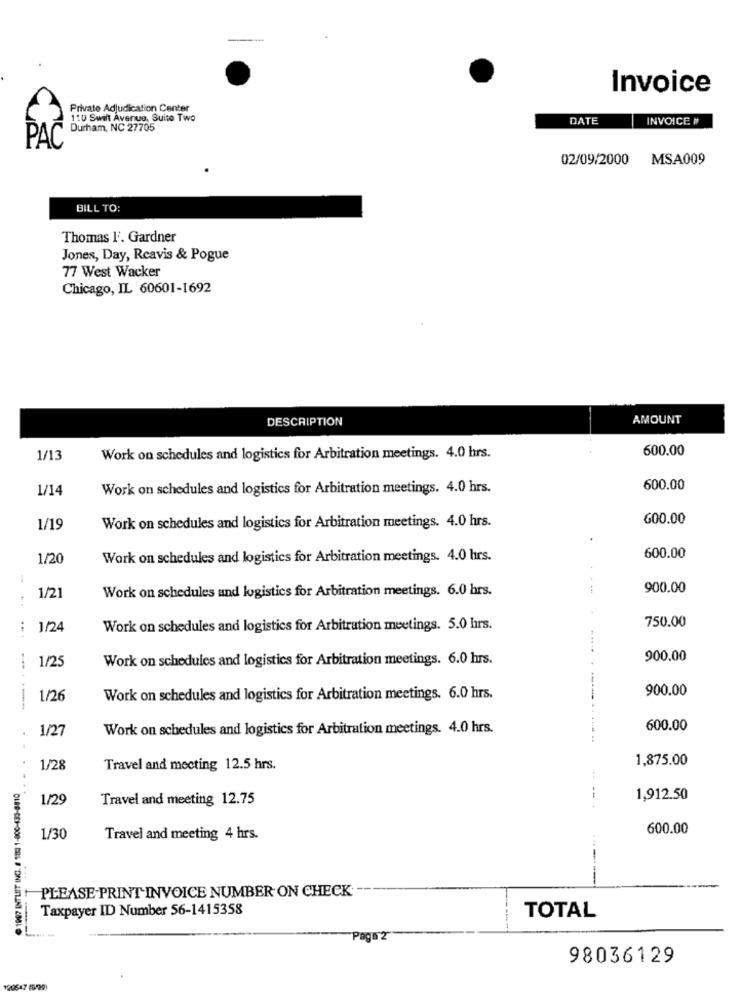
Invoice
Private Adjudication Center
110 Swift Avenue, Suite Two
DATE
INVOICE #
Durham, NC 27705
PAC
02/09/2000
MSA009
BILL TO:
Thomas l'. Gardner
Jones, Day, Reavis & Pogue
77 West Wacker
Chicago, IL 60601-1692
DESCRIPTION
AMOUNT
600.00
1/13
Work on schedules and logistics for Arbitration meetings. 4.0 hrs.
1/14
Work on schedules and logistics for Arbitration meetings. 4.0 hrs.
600.00
Work on schedules and logistics for Arbitration meetings. 4.0 hrs.
600.00
1/19
1/20
Work on schedules and logistics for Arbitration meetings. 4.0 hrs.
600.00
Work on schedules and logistics for Arbitration meetings. 6.0 hrs.
900.00
1/21
750.00
1/24
Work on schedules and logistics for Arbitration meetings. 5.0 hrs.
1/25
Work on schedules and logistics for Arbitration meetings. 6.0 hrs.
900.00
900.00
1/26
Work on schedules and logistics for Arbitration meetings. 6.0 hrs.
1/27
Work on schedules and logistics for Arbitration meetings. 4.0 hrs.
600.00
1,875.00
1/28
Travel and mecting 12.5 hrs.
@ 1907 INTUIIT INC. # 18:) 1-800-433-8810
......
1/29
Travel and meeting 12.75
--
1,912.50
600.00
1/30
Travel and meeting 4 hrs.
PLEASE PRINT INVOICE NUMBER ON CHECK
Taxpayer ID Number 56-1415358
TOTAL
aga"2
98036129
20647 8990)